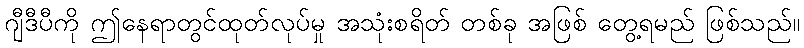
ဂျီဒီပီကို ဤနေရာတွင်ထုတ်လုပ်မှု အသုံးစရိတ် တစ်ခု အဖြစ် တွေ့ရမည် ဖြစ်သည်။